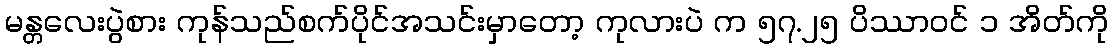
မန္တလေးပွဲစား ကုန်သည်စက်ပိုင်အသင်းမှာတော့ ကုလားပဲ က ၅၇.၂၅ ပိဿာဝင် ၁ အိတ်ကို